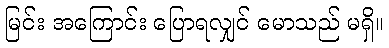
မြင်း အကြောင်း ပြောရလျှင် မောသည် မရှိ။